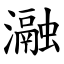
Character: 瀜